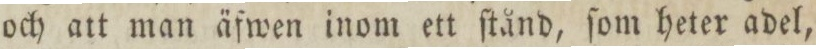
och att man äfwen inom ett ſtånd, ſom heter adel,